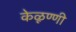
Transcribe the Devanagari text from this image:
केळूण्णी